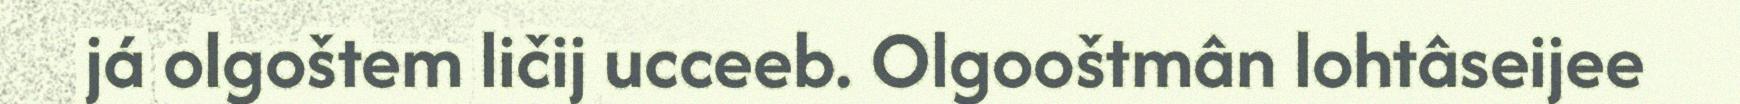
já olgoštem ličij ucceeb. Olgooštmân lohtâseijee